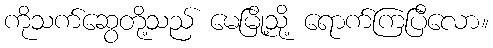
ကိုသက်ဆွေတို့သည် မေမြို့သို့ ရောက်ကြပြီလော။